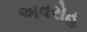
અવરોહ